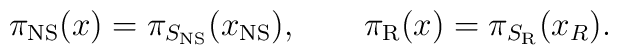
\pi_{\rm NS}(x)=\pi_{S_{\rm NS}}(x_{\rm NS}),\qquad\pi_{\rm R}(x)=\pi_{S_{\rm R}}(x_R).